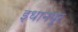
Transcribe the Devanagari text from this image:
इधानपुर